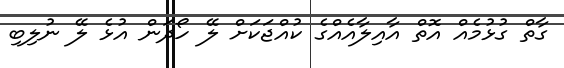
ގާތް ގުޅުމެއް އޮތް އާއިލާއެއްގެ ކުއްޖަކަށް ލޭ ހޯދަން އުޅެ ލޭ ނުލިބި